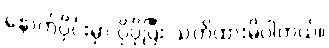
နောက်ပိုင်းမှာ ပိုပိုပြီး သတိထားမိပါတယ်။